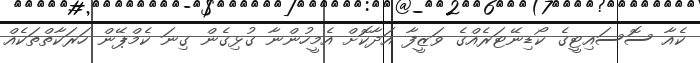
ކެއާ ސޮސައިޓީގެ ކޯޑިނޭޓަރެއްގެ ވަޒީފާ އަދާކޮށް އެމީހުންނާ ގުޅިގެން ގިނަ ކެމްޕޭން ހަރަކާތްތަކެއް